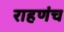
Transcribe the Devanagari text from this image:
राहणंच